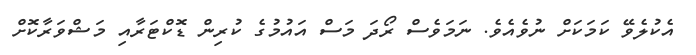
އެކުލެވޭ ކަމަކަށް ނުވެއެވެ. ނަމަވެސް ރޯދަ މަސް އައުމުގެ ކުރިން ޑޮކްޓަރާއި މަޝްވަރާކޮށް